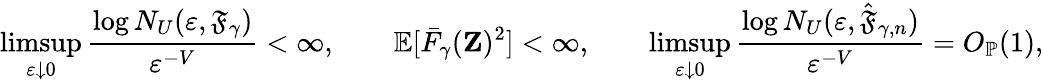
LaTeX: \operatorname*{limsup}_{\varepsilon\downarrow 0}\frac{\log N_{U}(\varepsilon,\mathfrak{F}_{\gamma})}{\varepsilon^{-V}}<\infty,\qquad\mathbb{E}[\bar{F}_{\gamma}(\mathbf{Z})^{2}]<\infty,\qquad\operatorname*{limsup}_{\varepsilon\downarrow 0}\frac{\log N_{U}(\varepsilon,\hat{\mathfrak{F}}_{\gamma,n})}{\varepsilon^{-V}}=O_{\mathbb{P}}(1),